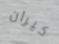
كيران